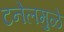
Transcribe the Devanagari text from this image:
टनेलमुळे